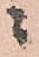
ニ